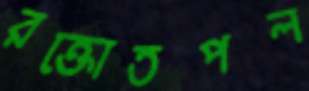
রক্তোতপল